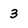
Character: 3